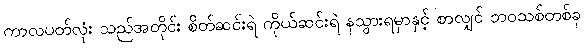
ကာလပတ်လုံး သည်အတိုင်း စိတ်ဆင်းရဲ ကိုယ်ဆင်းရဲ နသွားရမှာနှင့် စာလျှင် ဘဝသစ်တစ်ခု